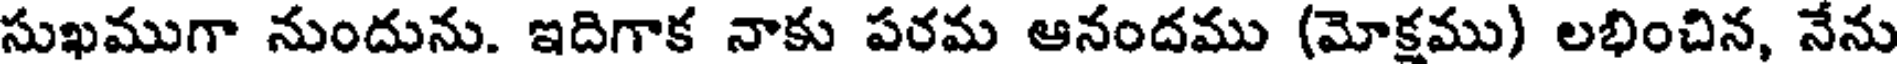
సుఖముగా నుందును. ఇదిగాక నాకు పరమ ఆనందము (మోక్షము) లభించిన, నేను